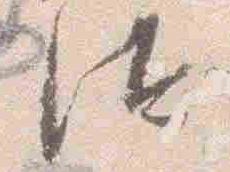
汰